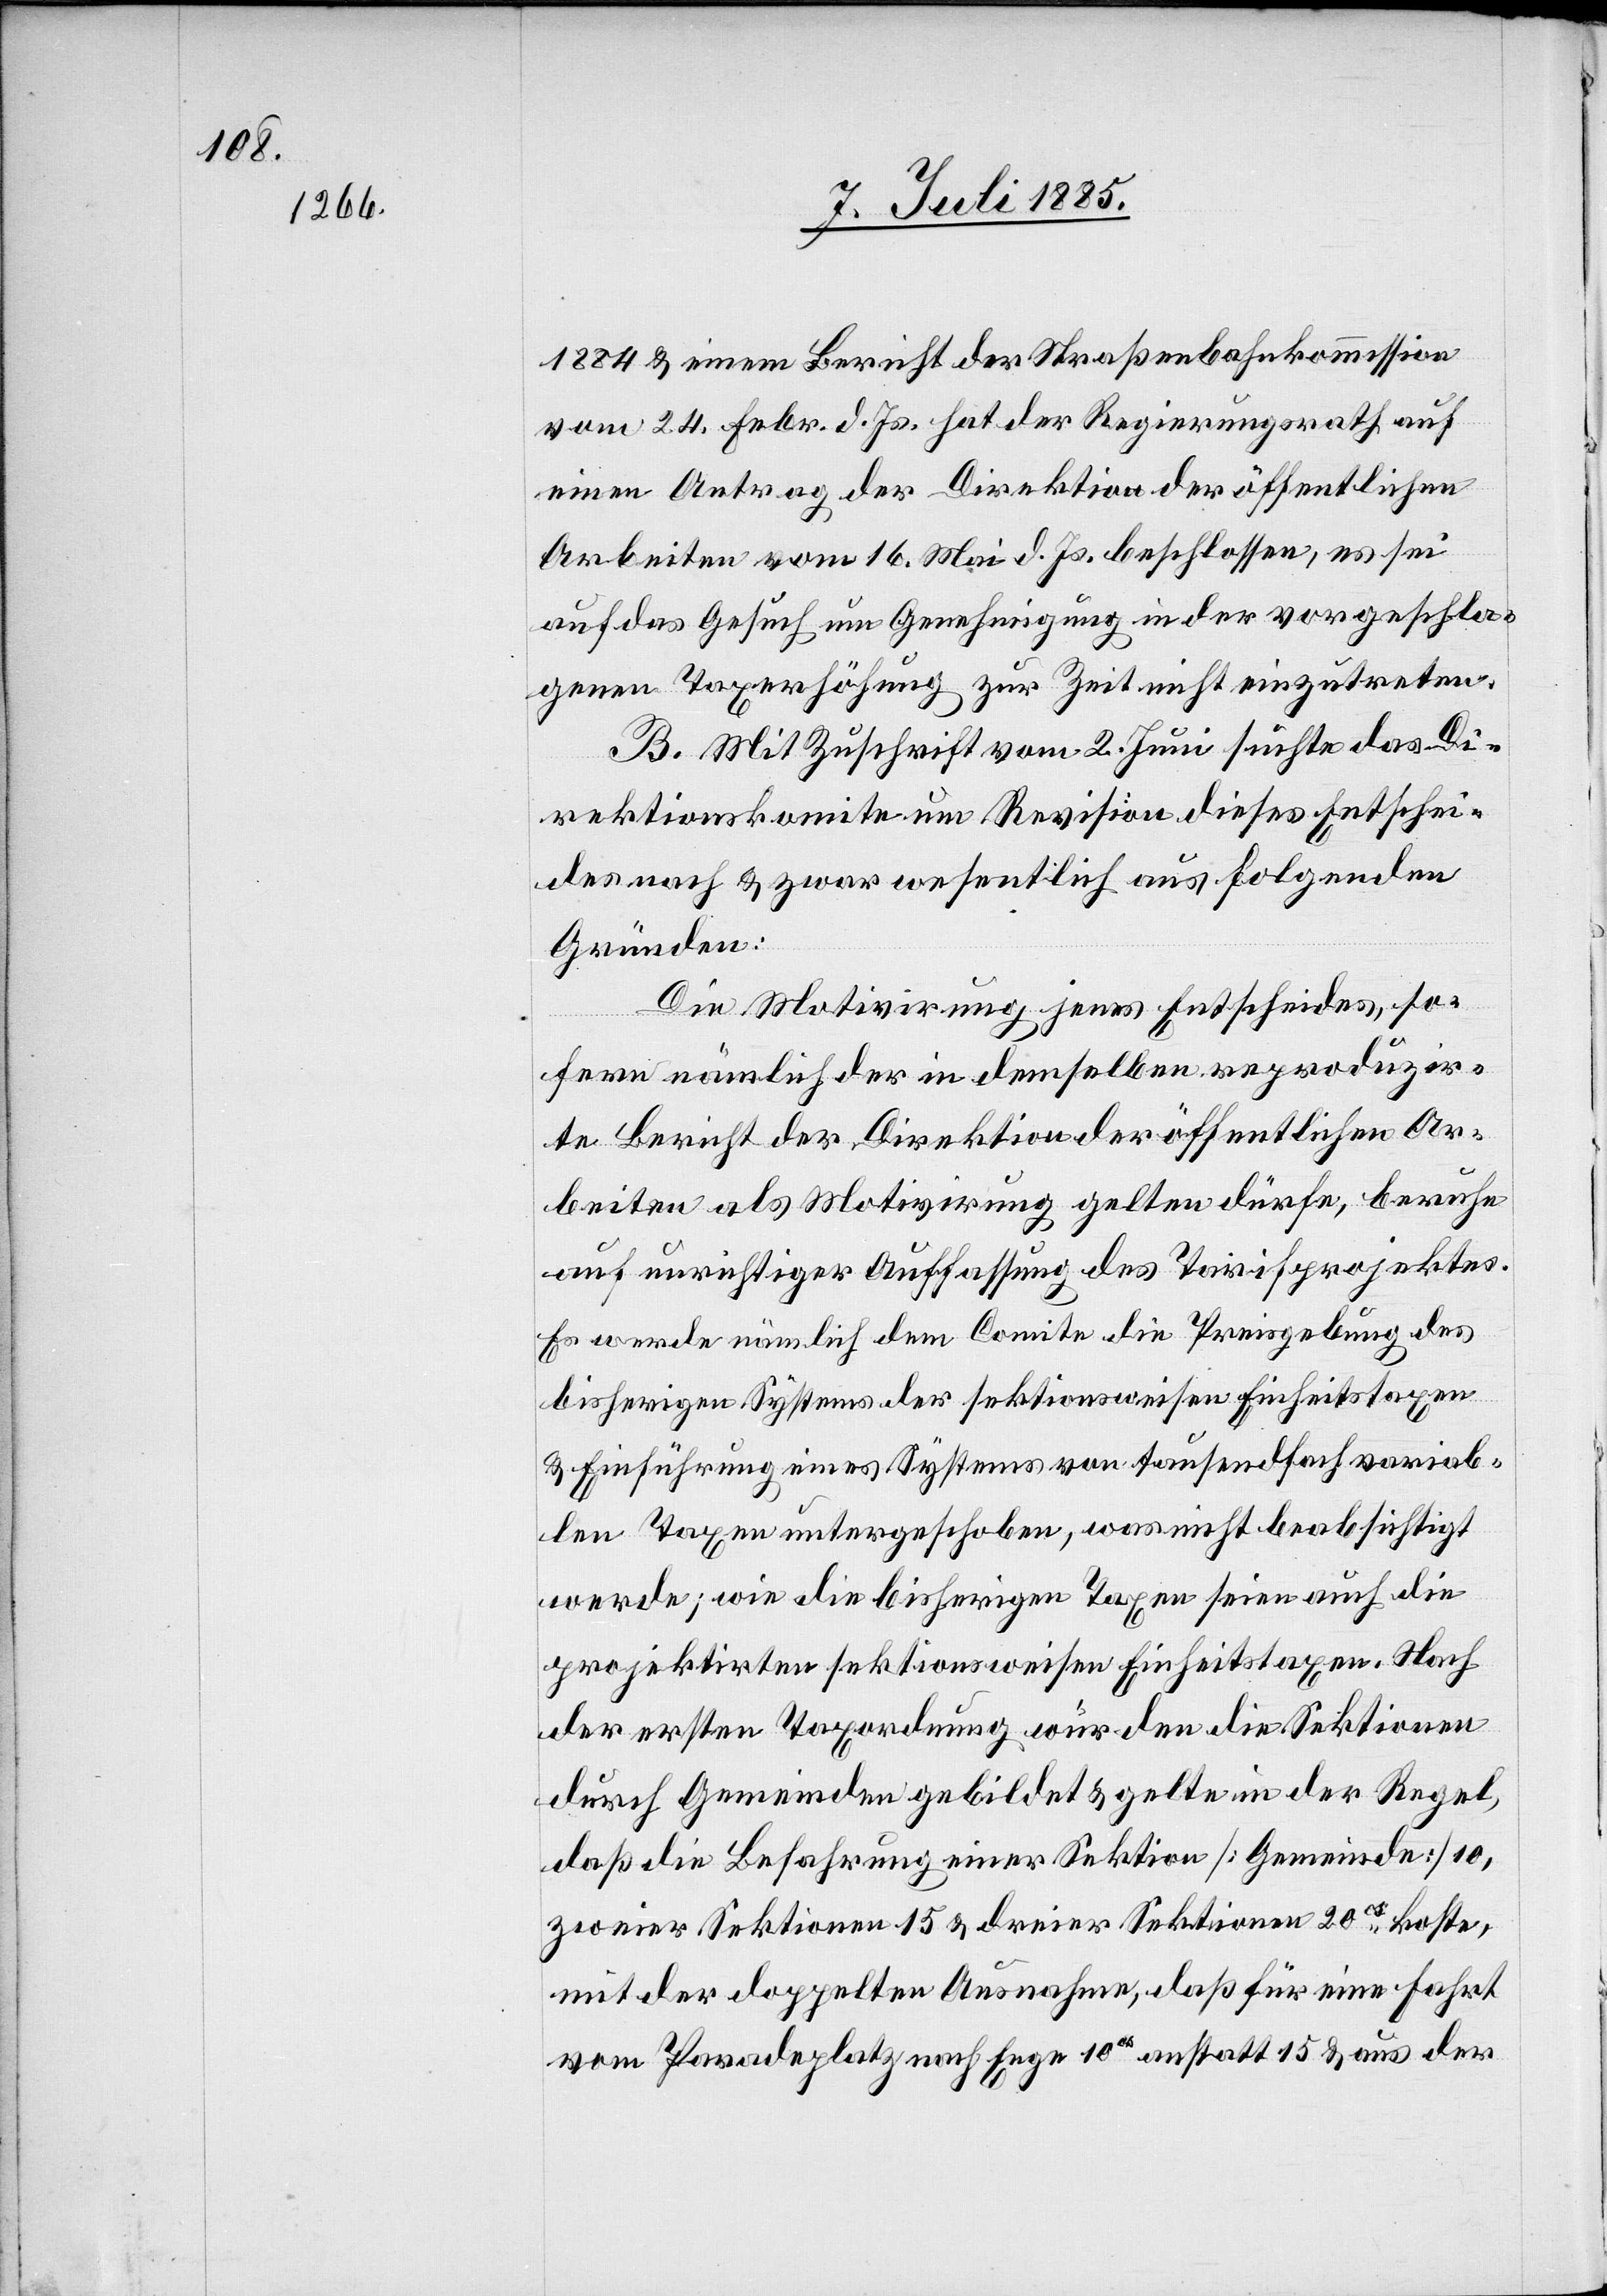
1884 & einem Bericht des Straßenbahnkommission
vom 24. Febr. d. Js. hat der Regierungsrath auf
einen Antrag der Direktion der öffentlichen
Arbeiten vom 16. Mai d. Js. beschlossen, es sei
auf das Gesuch um Genehmigung in der vorgeschla¬
genen Taxerhöhung zur Zeit nicht einzutreten.
B. Mit Zuschrift vom 2. Juni suchte das Di¬
rektionskomite um Revision dieses Entschei¬
des nach & zwar wesentlich aus folgenden
Gründen:
Die Motivirung jenes Entscheides, so¬
fern nämlich der in demselben reproduzir¬
te Bericht der Direktion der öffentlichen Ar¬
beiten als Motivirung gelten dürfe, beruhe
auf unrichtiger Auffassung des Tarifprojektes.
Es werde nämlich dem Comite die Preisgebung des
bisherigen Systems der sektionsweisen Einheitstaxen
& Einführung eines Systems von tausendfach variab¬
len Taxen unterschoben, was nicht beabsichtigt
werde; wie die bisherigen Taxen seien auch die
projektirten sektionsweisen Einheitstaxen. Nach
der ersten Taxordnung wurden die Sektionen
durch Gemeinden gebildet & gelte in der Regel,
daß die Befahrung einer Sektion [Gemeinde] 10,
zweier Sektionen 15 & dreier Sektionen 20cs koste,
mit der doppelten Ausnahme, daß für eine Fahrt
vom Paradeplatz nach Enge 10cs anstatt 15 & aus der